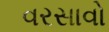
વરસાવો